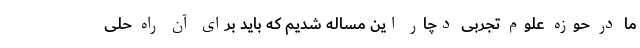
ما در حوزه علوم تجربی دچار این مساله شدیم که باید برای آن راه حلی